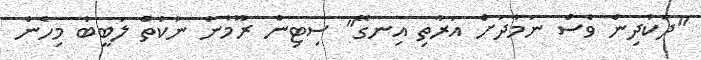
"ދެކުދިން ވެސް ނަމާދަށް އަރާތި އިނގޭ" ސިޓިން ރޫމުން ނުކުތް ލަބީބު މިހެން